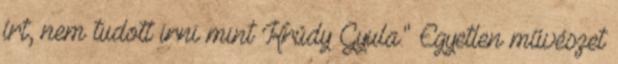
írt, nem tudott irni mint Krúdy Gyula." Egyetlen művészet